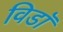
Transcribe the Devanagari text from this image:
विडाॅ